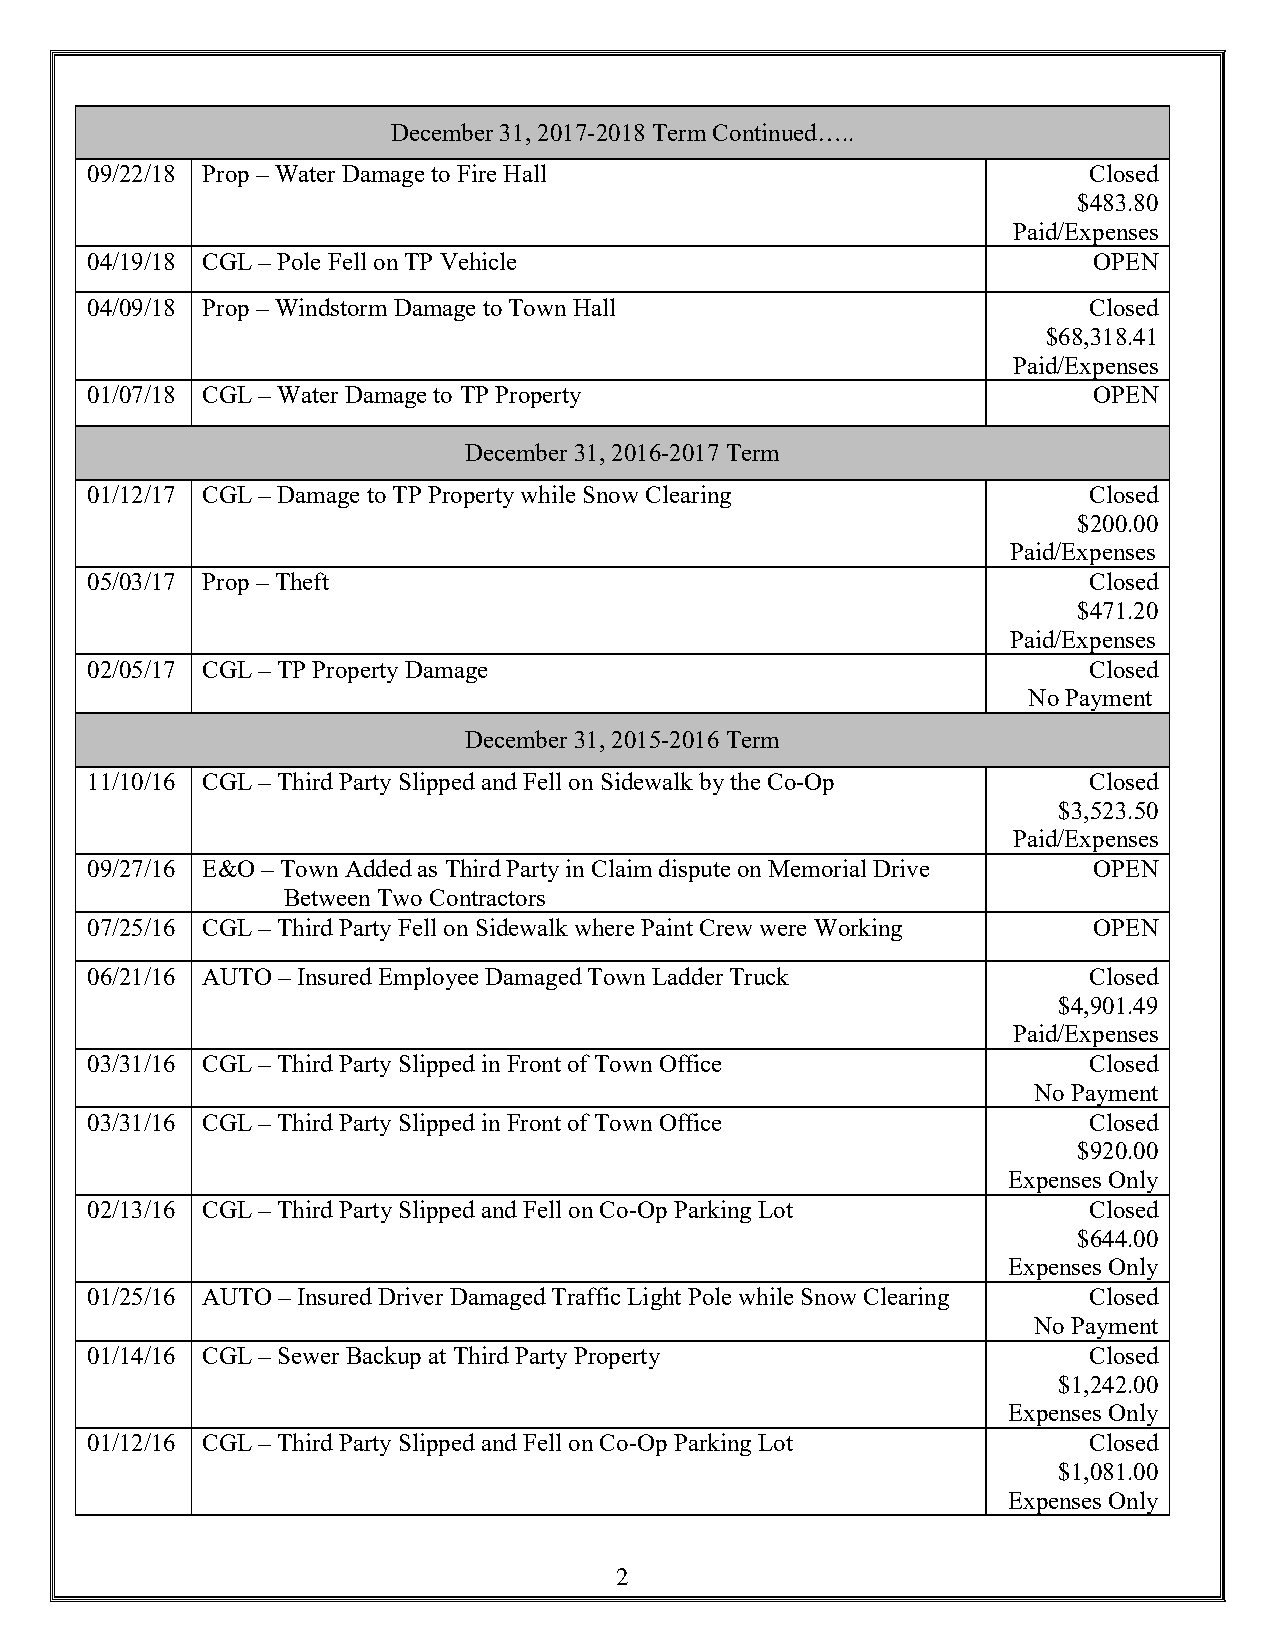
December 31, 2017-2018 Term Continued…..
 09/22/18 Prop – Water Damage to Fire Hall                         Closed
 $483.80
 Paid/Expenses
 04/19/18 CGL – Pole Fell on TP Vehicle                            OPEN
 04/09/18 Prop – Windstorm Damage to Town Hall                     Closed
 $68,318.41
 Paid/Expenses
 01/07/18 CGL – Water Damage to TP Property                        OPEN
 December 31, 2016-2017 Term
 01/12/17 CGL – Damage to TP Property while Snow Clearing          Closed
 $200.00
 Paid/Expenses
 05/03/17 Prop – Theft                                             Closed
 $471.20
 Paid/Expenses
 02/05/17 CGL – TP Property Damage                                 Closed
 No Payment
 December 31, 2015-2016 Term
 11/10/16 CGL – Third Party Slipped and Fell on Sidewalk by the Co-Op Closed
 $3,523.50
 Paid/Expenses
 09/27/16 E&O – Town Added as Third Party in Claim dispute on Memorial Drive OPEN
 Between Two Contractors
 07/25/16 CGL – Third Party Fell on Sidewalk where Paint Crew were Working OPEN
 06/21/16 AUTO – Insured Employee Damaged Town Ladder Truck        Closed
 $4,901.49
 Paid/Expenses
 03/31/16 CGL – Third Party Slipped in Front of Town Office        Closed
 No Payment
 03/31/16 CGL – Third Party Slipped in Front of Town Office        Closed
 $920.00
 Expenses Only
 02/13/16 CGL – Third Party Slipped and Fell on Co-Op Parking Lot  Closed
 $644.00
 Expenses Only
 01/25/16 AUTO – Insured Driver Damaged Traffic Light Pole while Snow Clearing Closed
 No Payment
 01/14/16 CGL – Sewer Backup at Third Party Property               Closed
 $1,242.00
 Expenses Only
 01/12/16 CGL – Third Party Slipped and Fell on Co-Op Parking Lot  Closed
 $1,081.00
 Expenses Only
 2